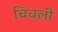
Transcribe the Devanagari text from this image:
चिवली